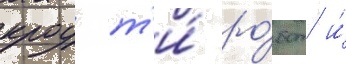
кроу т'и́ ро́бот и́